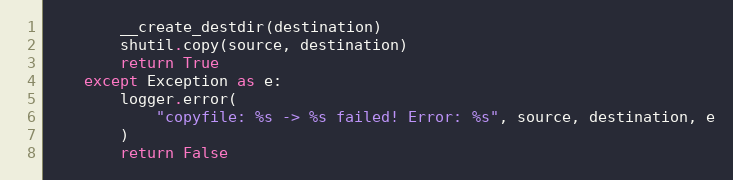
Language: Python
        __create_destdir(destination)
        shutil.copy(source, destination)
        return True
    except Exception as e:
        logger.error(
            "copyfile: %s -> %s failed! Error: %s", source, destination, e
        )
        return False